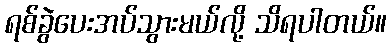
ရစ်ခွဲပေးအပ်သွားမယ်လို့ သိရပါတယ်။